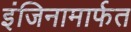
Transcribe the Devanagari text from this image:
इंजिनामार्फत